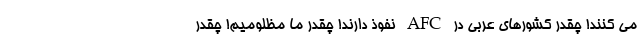
می کنند! چقدر کشورهای عربی در AFC نفوذ دارند! چقدر ما مظلومیم! چقدر